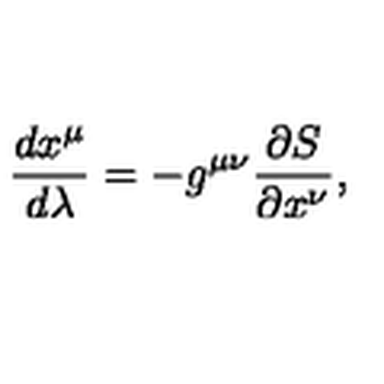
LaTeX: \frac { d x ^ { \mu } } { d \lambda } = - g ^ { \mu \nu } \frac { \partial S } { \partial x ^ { \nu } } ,